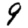
Digit: 9